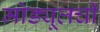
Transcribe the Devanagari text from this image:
मोड्यूलची